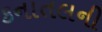
કનાતલની